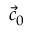
{ \vec { c } } _ { 0 }